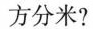
方分米?